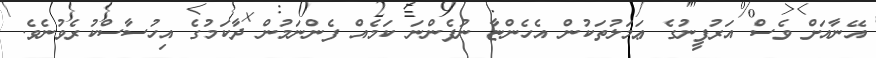
އޭނާއަށް ވެސް އަރުފީނުގެ ޢަމަލުތަކުން އެހެންޏާ ނުފެންނަ ކަމެއް ފެންނަމުން ދާކަމުގެ އިހުސާސްކުރެވުނެވެ.